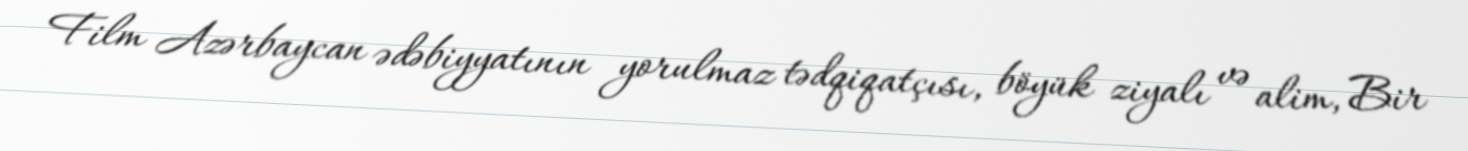
Film Azərbaycan ədəbiyyatının yorulmaz tədqiqatçısı, böyük ziyalı və alim, Bir